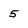
Character: 5